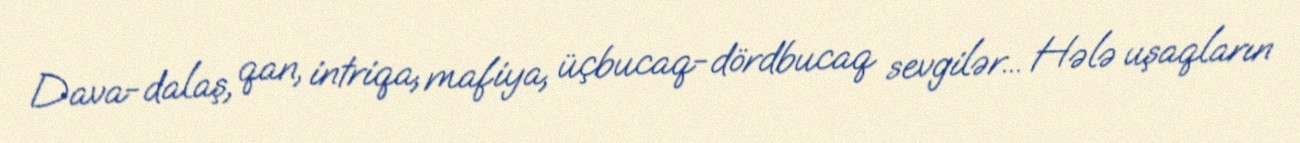
Dava-dalaş, qan, intriqa, mafiya, üçbucaq-dördbucaq sevgilər... Hələ uşaqların